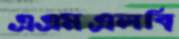
এএমএলবি